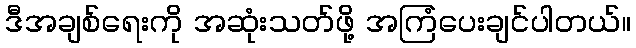
ဒီအချစ်ရေးကို အဆုံးသတ်ဖို့ အကြံပေးချင်ပါတယ်။